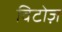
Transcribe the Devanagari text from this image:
विटोज़